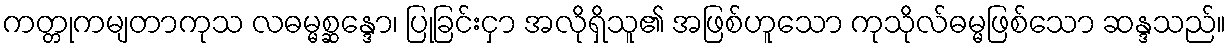
ကတ္တုကမျတာကုသ လဓမ္မစ္ဆန္ဒော၊ ပြုခြင်းငှာ အလိုရှိသူ၏ အဖြစ်ဟူသော ကုသိုလ်ဓမ္မဖြစ်သော ဆန္ဒသည်။